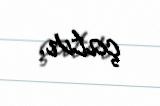
çatır.